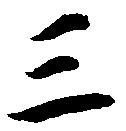
三